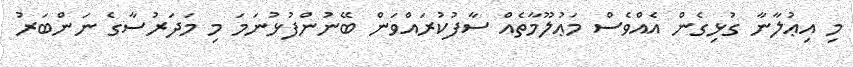
މި އިޢުލާނާ ގުޅިގެން އެއްވެސް މަޢުލޫމާތެއް ސާފުކުރައްވަން ބޭނުންފުޅުނަމަ މި މަދަރުސާގެ ނަންބަރު